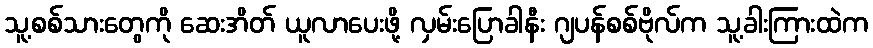
သူ့စစ်သားတွေကို ဆေးအိတ် ယူလာပေးဖို့ လှမ်းပြောခါနီး ဂျပန်စစ်ဗိုလ်က သူ့ခါးကြားထဲက